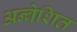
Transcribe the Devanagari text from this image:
अन्वेशित